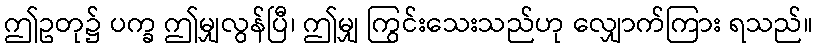
ဤဥတု၌ ပက္ခ ဤမျှလွန်ပြီ၊ ဤမျှ ကြွင်းသေးသည်ဟု လျှောက်ကြား ရသည်။